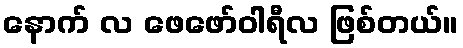
နောက် လ ဖေဖော်ဝါရီလ ဖြစ်တယ်။